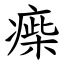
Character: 㾹